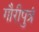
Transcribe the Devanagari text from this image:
गौरीपुत्रं